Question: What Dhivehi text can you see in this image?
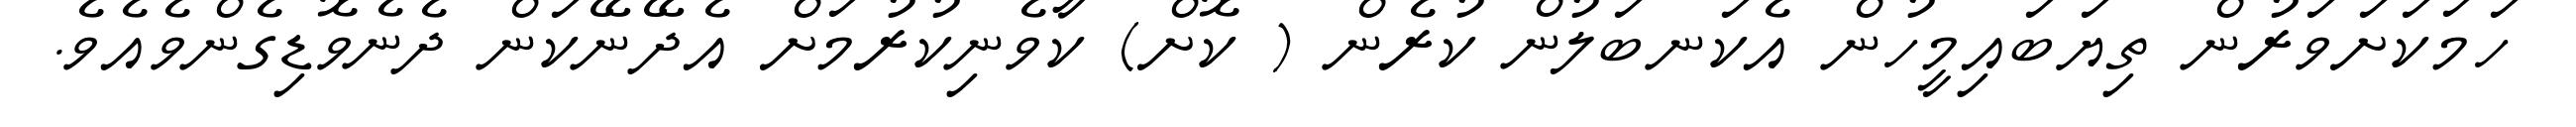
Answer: ހަމަކަށަވަރުން ތިޔަބައިމީހުން އެކަނބަލުން ކުރެން ( ކޮށް) ކާވެނިކުރުމަށް އެދޭނޭކަން ދެނެވޮޑިގެންވެއެވެ.